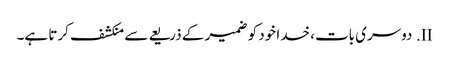
II.	دوسری بات، خدا خود کو ضمیر کے ذریعے سے منکشف کرتا ہے۔